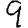
Digit: 9